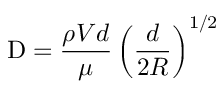
\mathrm { D } = { \frac { \rho V d } { \mu } } \left( { \frac { d } { 2 R } } \right) ^ { 1 / 2 }